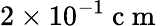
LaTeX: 2\times 10^{-1}\mathrm{~c~m~}